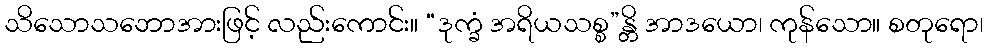
သိသောသဘောအားဖြင့် လည်းကောင်း။ “ဒုက္ခံ အရိယသစ္စ”န္တိ အာဒယော၊ ကုန်သော။ စတုရော၊